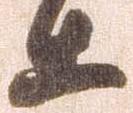
等